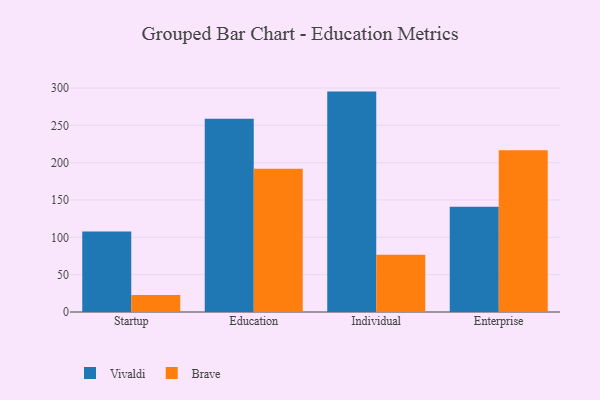
{"axis": {"x": "Segment", "y": "Budget (USD K)"}, "legend": ["Brave", "Vivaldi"], "data": [{"x": "Startup", "y": 107.8, "type": "Vivaldi"}, {"x": "Startup", "y": 22.8, "type": "Brave"}, {"x": "Education", "y": 259.0, "type": "Vivaldi"}, {"x": "Education", "y": 191.8, "type": "Brave"}, {"x": "Individual", "y": 295.2, "type": "Vivaldi"}, {"x": "Individual", "y": 76.6, "type": "Brave"}, {"x": "Enterprise", "y": 140.9, "type": "Vivaldi"}, {"x": "Enterprise", "y": 216.5, "type": "Brave"}]}